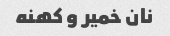
نان خمیر و کهنه